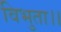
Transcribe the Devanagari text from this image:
विभुता।।